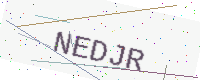
Text: NEDJR